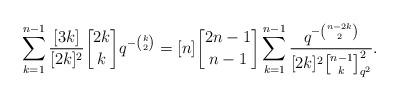
LaTeX: \begin{align*}\sum_{k=1}^{n-1}\frac{[3k]}{[2k]^2}{2k\brack k}q^{-{k\choose 2}}=[n]{2n-1\brack n-1}\sum_{k=1}^{n-1}\frac{q^{-{n-2k\choose 2}}}{[2k]^2{n-1\brack k}_{q^2}^2}. \end{align*}